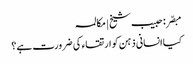
مبصّر: حبیب شیخ | مکالمہ
کیا انسانی ذہن کو ارتقاء کی ضرورت ہے؟